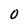
Character: 0